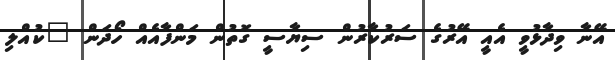
އޭނާ ވިދާޅުވީ އެއީ އޭރުގެ ސަރުކާރުން ސިޔާސީ ގޮތުން މަންފާއެއް ހޯދަން "ކުއްލި